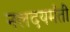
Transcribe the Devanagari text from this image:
नलदयमंती